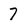
Character: 7